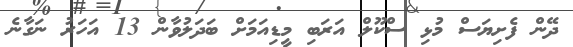
ދޭން ފެށިޔަސް މުޅި ސްކޫލް އަރަބި މީޑިއަމަށް ބަދަލުވާން 13 އަހަރު ނަގާނެ